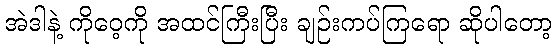
အဲဒါနဲ့ ကိုဝေ့ကို အထင်ကြီးပြီး ချဉ်းကပ်ကြရော ဆိုပါတော့